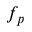
f _ { p }